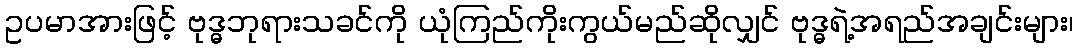
ဥပမာအားဖြင့် ဗုဒ္ဓဘုရားသခင်ကို ယုံကြည်ကိုးကွယ်မည်ဆိုလျှင် ဗုဒ္ဓရဲ့အရည်အချင်းများ၊